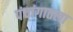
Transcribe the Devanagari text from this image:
पंचांगातला